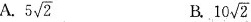
A. 5 \sqrt{2} B. 10 \sqrt{2}